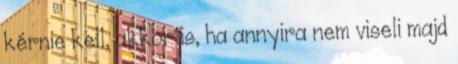
kérnie kell, akkor is, ha annyira nem viseli majd